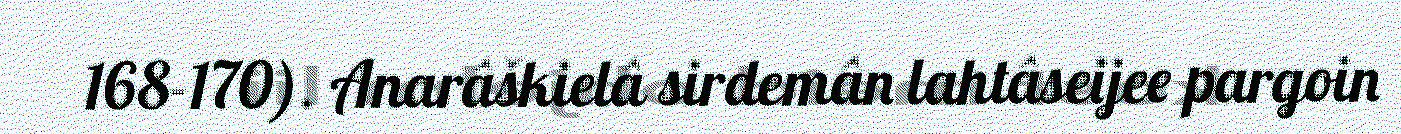
168-170). Anarâškielâ sirdemân lahtâseijee pargoin